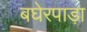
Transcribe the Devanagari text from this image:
बघेरपाड़ा